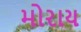
મોરાય